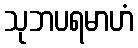
သုဘပရမာဟံ